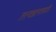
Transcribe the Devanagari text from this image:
तत्त्वज्ञानासाठी